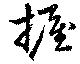
握